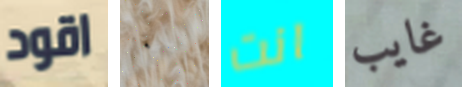
اقود ٠ انت غايب